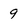
Character: 9